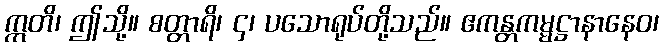
ဣတိ၊ ဤသို့။ စတ္တာရိ၊ ၄၊ ပသောရုပ်တို့သည်။ ဧကန္တကမ္မဋ္ဌာနာနေဝ၊